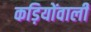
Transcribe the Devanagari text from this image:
कड़ियोंवाली